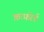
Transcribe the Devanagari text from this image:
क्राफ़ोर्ड